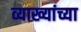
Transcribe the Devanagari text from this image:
व्याख्यांच्या